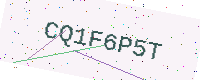
Text: CQ1F6P5T